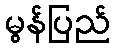
မွန်ပြည်